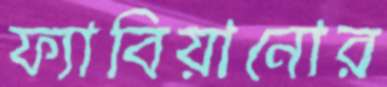
ফ্যাবিয়ানোর